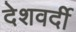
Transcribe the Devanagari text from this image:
देशवर्दी